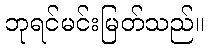
ဘုရင်မင်းမြတ်သည်။